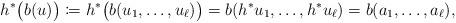
LaTeX: \begin{align*}h^*\big( b(u)\big) \coloneqq h^*\big( b(u_1, \ldots, u_{\ell}) \big)= b(h^*u_1, \ldots, h^*u_{\ell}) = b(a_1, \ldots, a_{\ell}),\end{align*}